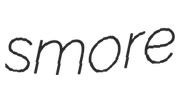
smore